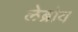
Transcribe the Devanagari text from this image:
लेब्रोय